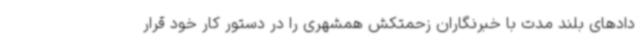
دادهای بلند مدت با خبرنگاران زحمتکش همشهری را در دستور کار خود قرار